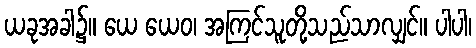
ယခုအခါ၌။ ယေ ယေဝ၊ အကြင်သူတို့သည်သာလျှင်။ ပါပါ၊